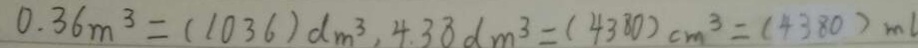
0 . 3 6 m ^ { 3 } = ( 1 0 3 6 ) d m ^ { 3 } , 4 . 3 8 d m ^ { 3 } = ( 4 3 8 0 ) c m ^ { 3 } = ( 4 3 8 0 ) m l